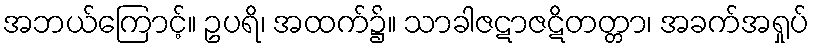
အဘယ်ကြောင့်။ ဥပရိ၊ အထက်၌။ သာခါဇဋာဇဋိတတ္တာ၊ အခက်အရှုပ်